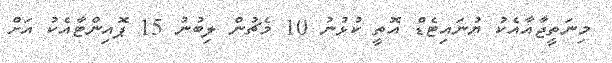
މިނަތީޖާއާއެކު ޔުނައިޓެޑް އޮތީ ކުޅުނު 10 މެޗުން ލިބުނު 15 ޕޮއިންޓާއެކު އަށް